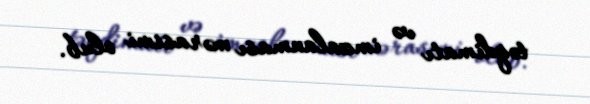
təqdimatı və imzalanması mərasimi olub.